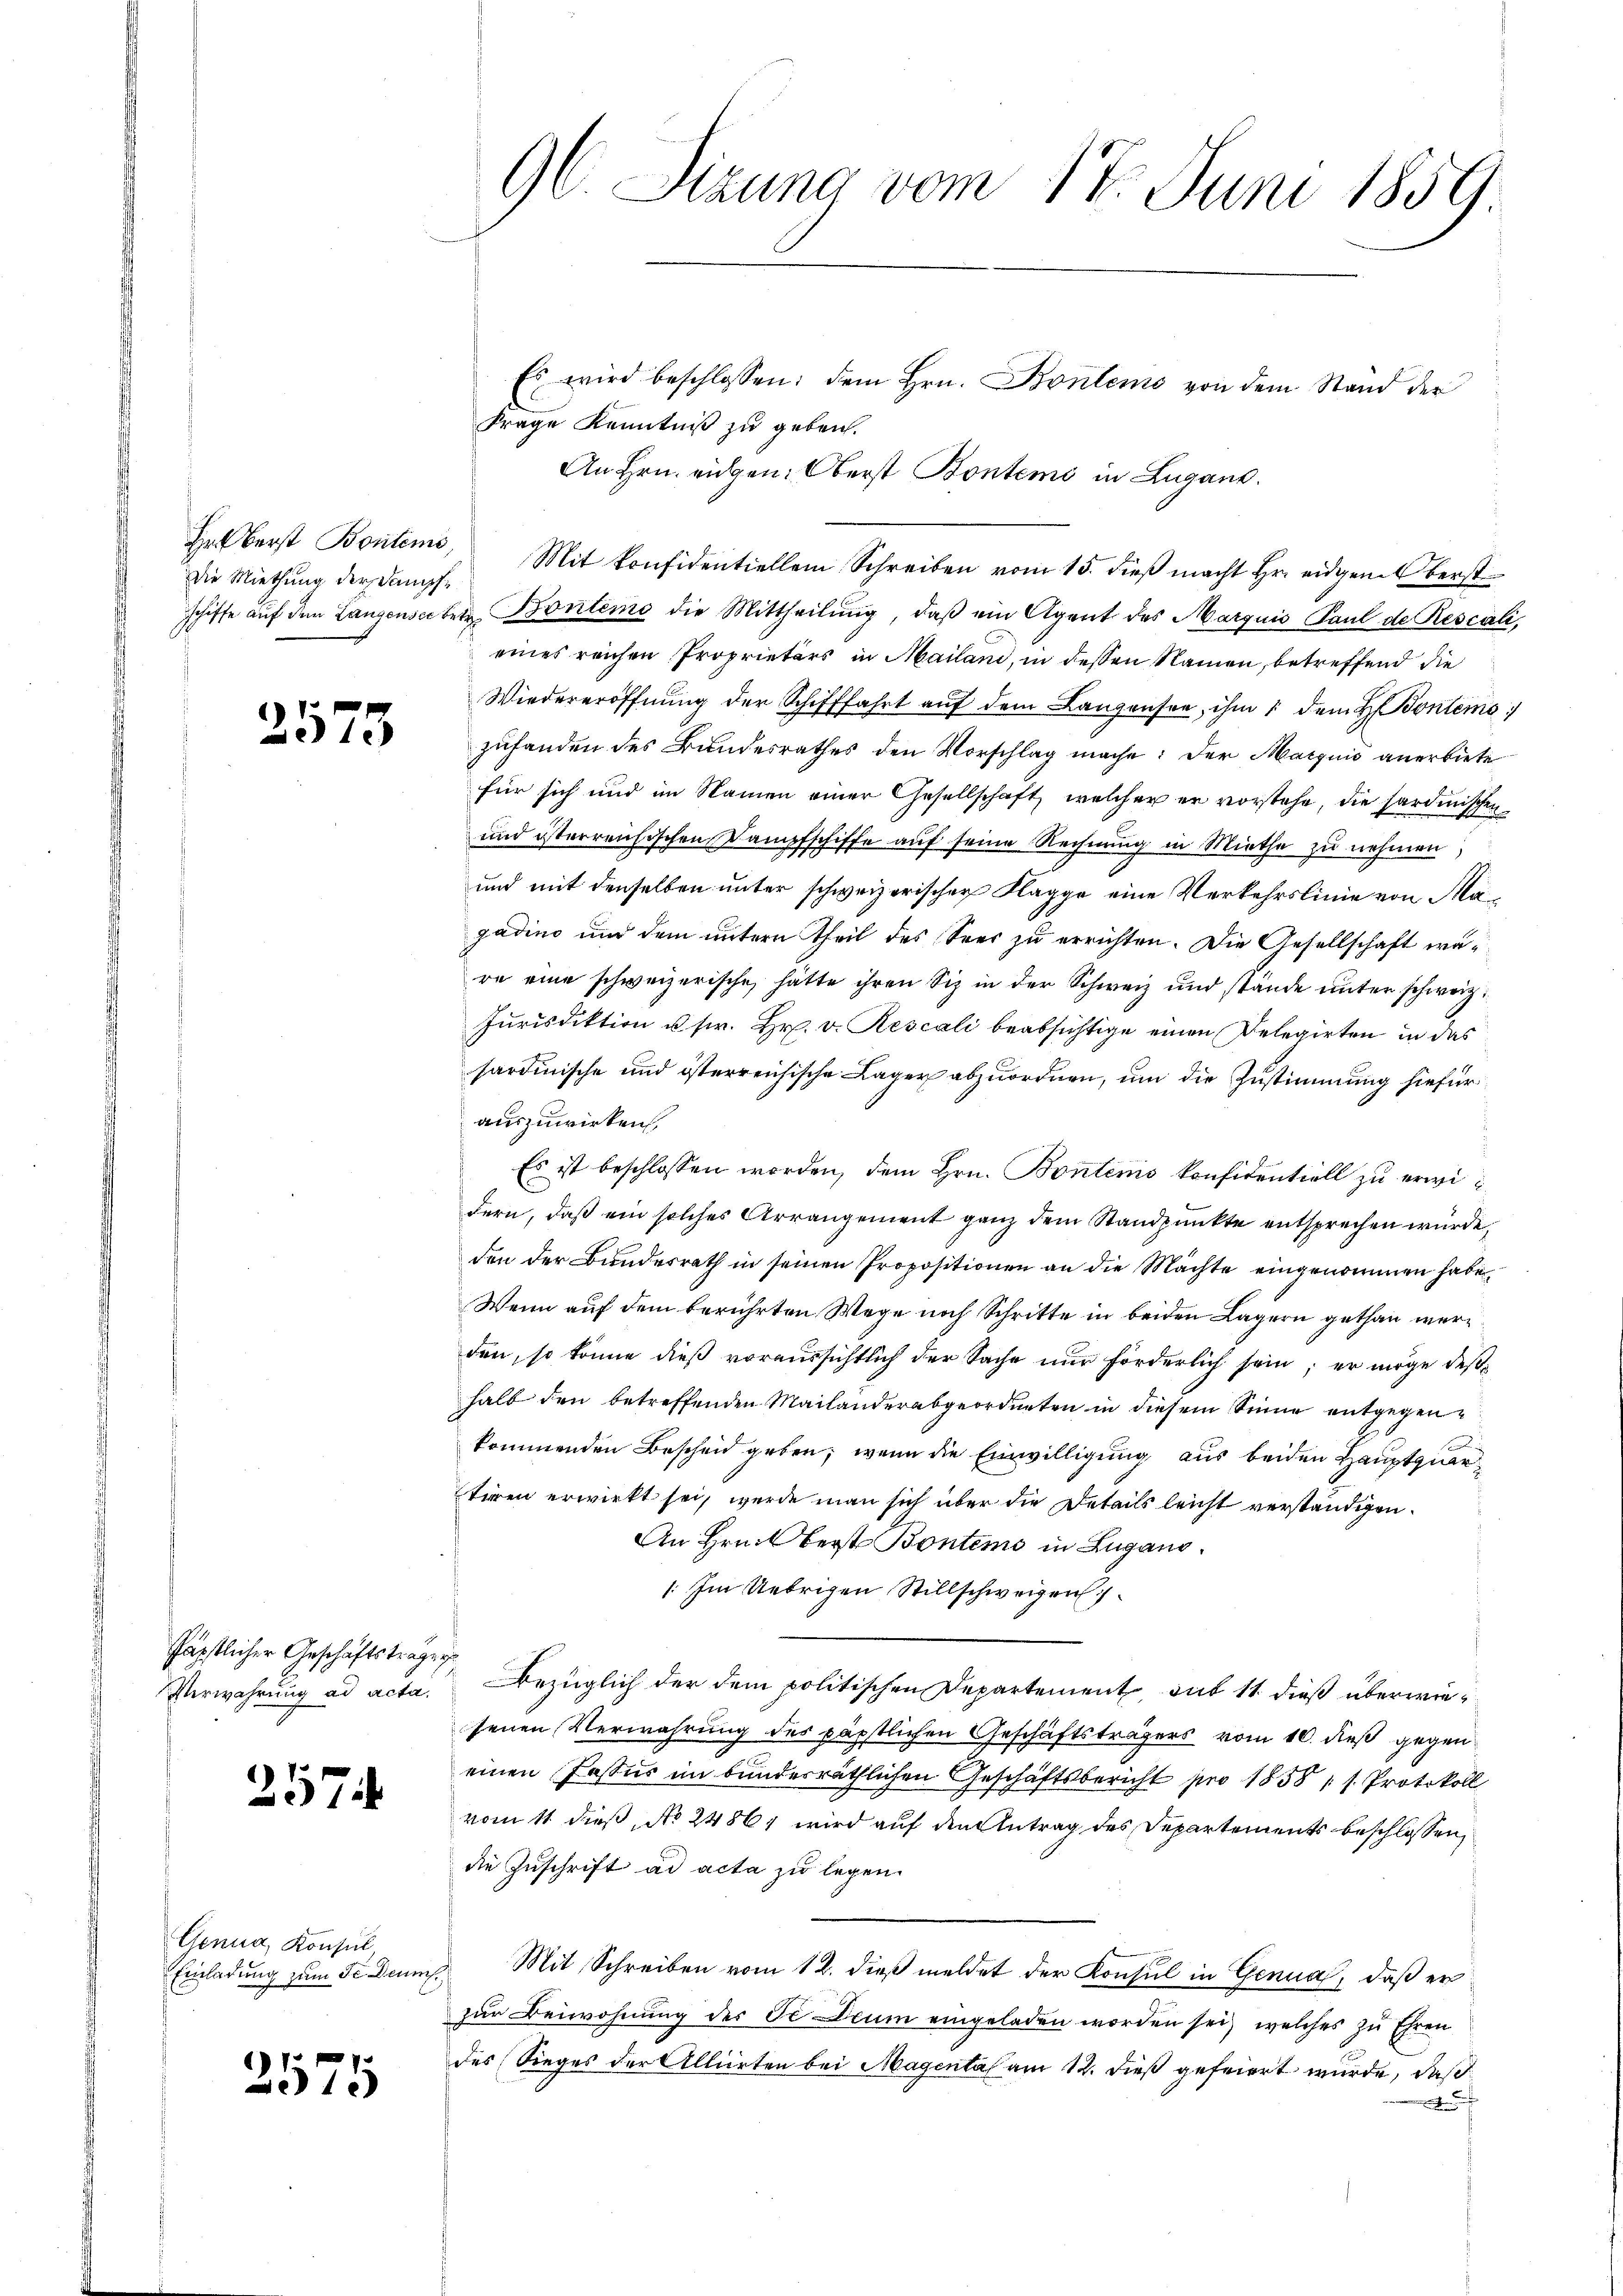
Die Miethung der Dampf¬

2573

päpstlicher Geschäftsträgen

257

Genua, Konsul

)
375

Frage Kenntniß zu geben.
An Hrn. eidgen: Oberst Bontems in Lugano.
Erbberst Bonteme, Mit Konfidentiellem Schreiben vom 15. dieβ macht hr. eidgem Oberst
schiffe aŭf den Langenseitete Bontens die Mittheilŭng, daβ ein Agent des Marquis Paul de Rescali
eines reichen Proprietärs in Mailand, in dessen Namen, betreffend die
Wiedereröffnung der Schifffahrt auf dem Lanzensee, ihm 1 dem H. Bontemno
zufanden des Bundesrathes den Vorschlag mache: Der Marquis anerbiete
für sich und im Namen einer Gesellschaft, welcher er vorstehe, die sardinischen
und österreichischen Dampfschiffe auf seine Rechnung in Miethe zu nehmen,
und mit denselben unter schweizerischer Klagge eine Verkehrslinie von Ma
gadino und dem untern Theil des Sees zu errichten. Die Gesellschaft wäre eine schweizerische hätte ihren Siz in der Schweiz und stände unter schweiz.
Jurisdiktion u. sr. Hr. v. Rescali beabsichtige einen Delegirten in das
sardinische und österreichische Lager abzuordnen, um die Zustimmung hiefür
auszuwirken.
Es ist beschlossen worden, dem Hrn. Bontens konfidentiell zu erwidern, daß ein solches Arrangement ganz dem Standpunkte entsprechen würde,
den der Bundesrath in seinen Propositionen an die Machte eingenommen habe.
Wenn auf dem berührten Wege noch Schritte in beiden Lagern gethan werd
den, so könne dieß voraussichtlich der Sache nur förderlich sein; er möge deßhalb den betreffenden Mailanderabgeordneten in diesem Sinne entgegenkommenden Bescheid geben, wenn die Einwilligung aus beiden Hauptquartiren erwirkt sei, werde man sich über die Details leicht verständigen.
An Hrn. Oberst Bontems in Lugano.
: Im Uebrigen Stillschweigen
Verwahrung ad acta. Bezüglich der dem politischen Departement, auf 11 dieß überwiesenen Verwahrung des päpstlichen Geschäftsträgers vom 16. dieß gegen
einen Passus im bundesräthlichen Geschäftsbericht pro 1858 (s. Protokoll
vom 11. dieß, No 24861 wird auf den Antrag des Departements beschlossen,
die Zuschrift ad acta zu legen.
Einladung zum Sr Deum Mit Schreiben vom 12. dieß meldet der Konsul in Genua, daß er
zur Beiwohnung der de Deum eingeladen worden sei, welches zu Ehren
des Sieges der Alliirten bei Magental am 12. dieß gefeiert wurde, daß

96. Sizung vom 17. Juni 1859.

Es wird beschlossen: dem Hrn. Bontems von dem Stand der